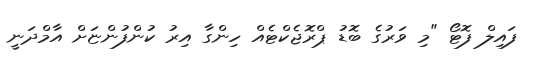
ފައިލް ފޮޓޯ "މި ވަރުގެ ބޮޑު ޕްރޮޖެކްޓެއް ހިންގާ އިރު ކުންފުންޏަަށް އާމްދަނީ